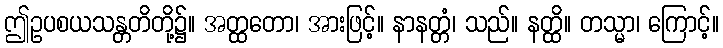
ဤဥပစယသန္တတိတို့၌။ အတ္ထတော၊ အားဖြင့်။ နာနတ္တံ၊ သည်။ နတ္ထိ။ တသ္မာ၊ ကြောင့်။